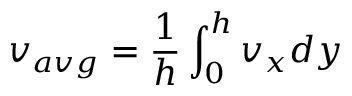
v _ { a v g } = \frac { 1 } { h } \int _ { 0 } ^ { h } v _ { x } d y